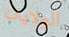
الولايات